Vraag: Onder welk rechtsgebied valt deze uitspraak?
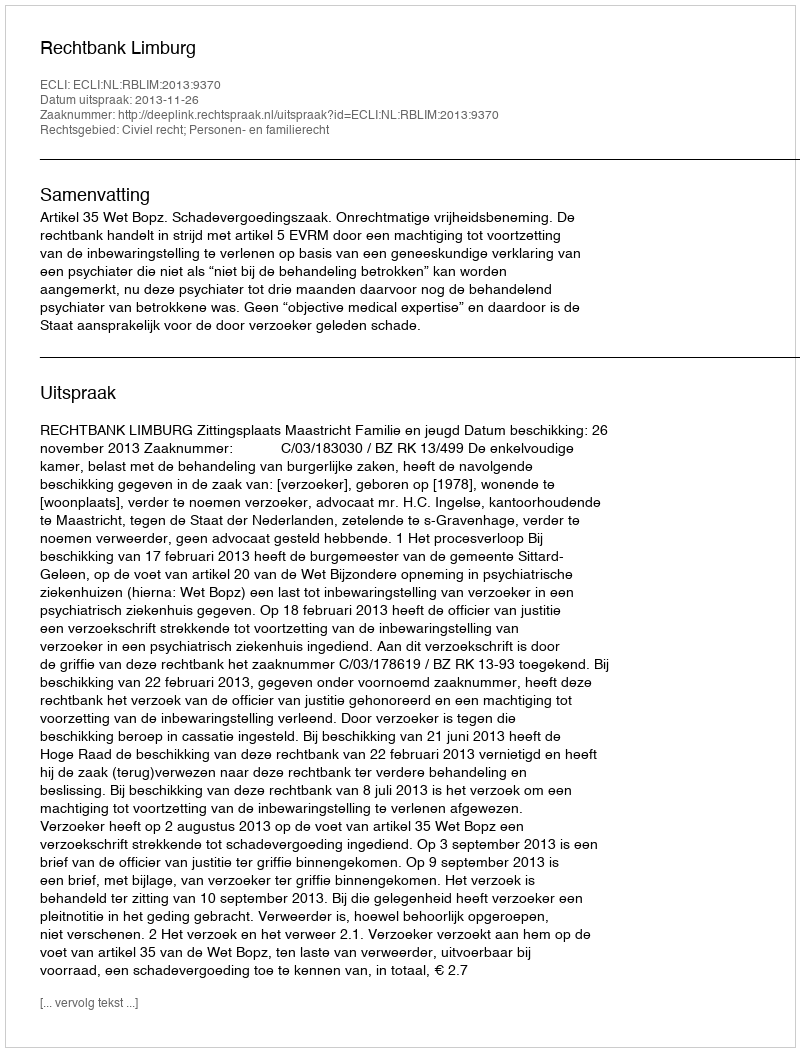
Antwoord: Civiel recht; Personen- en familierecht